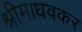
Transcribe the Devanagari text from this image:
श्रीमाधवकर